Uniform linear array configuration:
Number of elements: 48
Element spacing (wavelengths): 0.25
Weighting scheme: hann
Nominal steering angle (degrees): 15
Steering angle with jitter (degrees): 14.0
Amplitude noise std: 0.05
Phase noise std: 0.05

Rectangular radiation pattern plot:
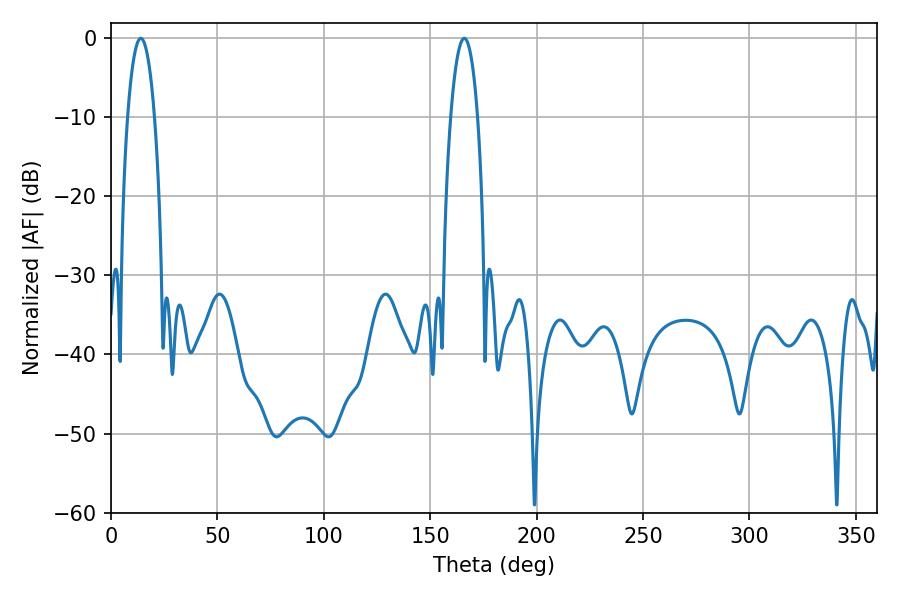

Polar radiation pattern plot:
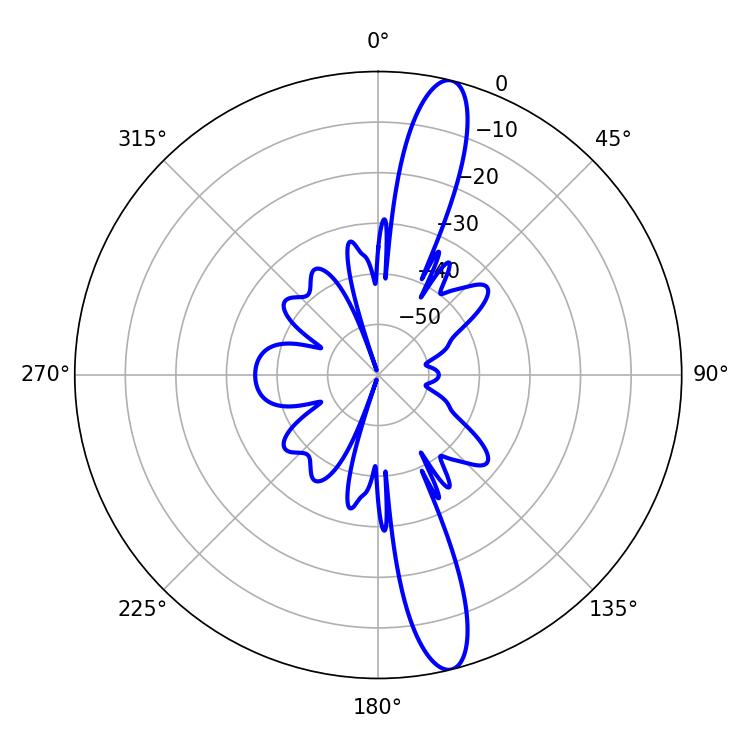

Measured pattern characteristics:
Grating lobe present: FALSE
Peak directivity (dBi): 14.959
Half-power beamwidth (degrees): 7.2
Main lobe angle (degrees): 14.04